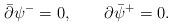
LaTeX: \begin{align*}\bar\partial\psi^-=0,\qquad \partial\bar\psi^+=0.\end{align*}